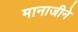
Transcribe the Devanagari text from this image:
मानाजीने